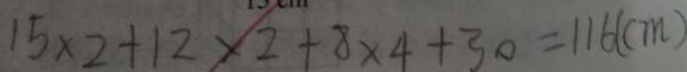
1 5 \times 2 + 1 2 \times 2 + 8 \times 4 + 3 0 = 1 1 6 ( c m )